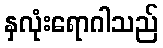
နှလုံးရောဂါသည်